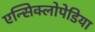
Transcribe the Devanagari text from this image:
एन्सिक्लोपेडिया